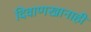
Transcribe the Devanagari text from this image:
दिवाणखानाही